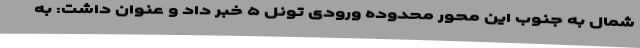
شمال به جنوب این محور محدوده ورودی تونل ۵ خبر داد و عنوان داشت: به